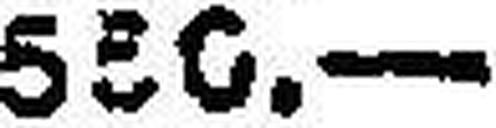
550.—